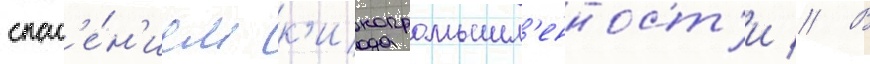
спас'е́н'ием к'инопромышл'енност'и // В